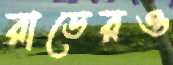
রাডেরও